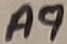
Text: A9